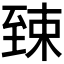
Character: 𫇎